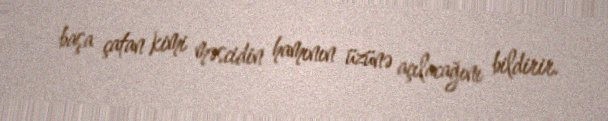
başa çatan kimi məscidin hamının üzünə açılacağını bildirir.